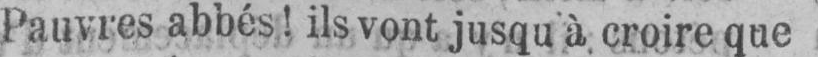
Pauvres abbés! ils vont jusqu à. croire que